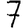
Digit: 7